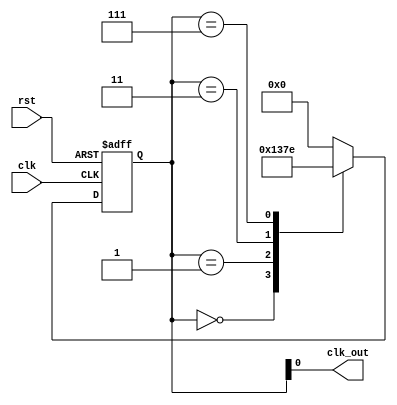
module johnson_counter_clock_divider (
    input wire clk,
    input wire rst,
    output wire clk_out
);

reg [3:0] counter;

always @ (posedge clk or posedge rst)
begin
    if (rst)
        counter <= 4'b0000;
    else
    begin
        case (counter)
            4'b0000: counter <= 4'b0001;
            4'b0001: counter <= 4'b0011;
            4'b0011: counter <= 4'b0111;
            4'b0111: counter <= 4'b1110;
            4'b1110: counter <= 4'b0000;
            default: counter <= 4'b0000;
        endcase
    end
end

assign clk_out = counter[0];

endmodule